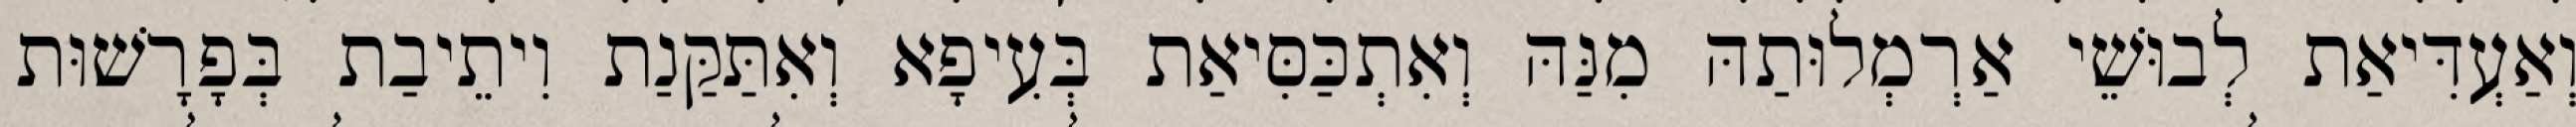
וְאַעְדִּיאַת לְבוּשֵׁי אַרְמְלוּתַהּ מִנַּהּ וְאִתְכַּסִּיאַת בְּעִיפָא וְאִתַּקַּנַת וִיתֵיבַת בְּפָרָשׁוּת